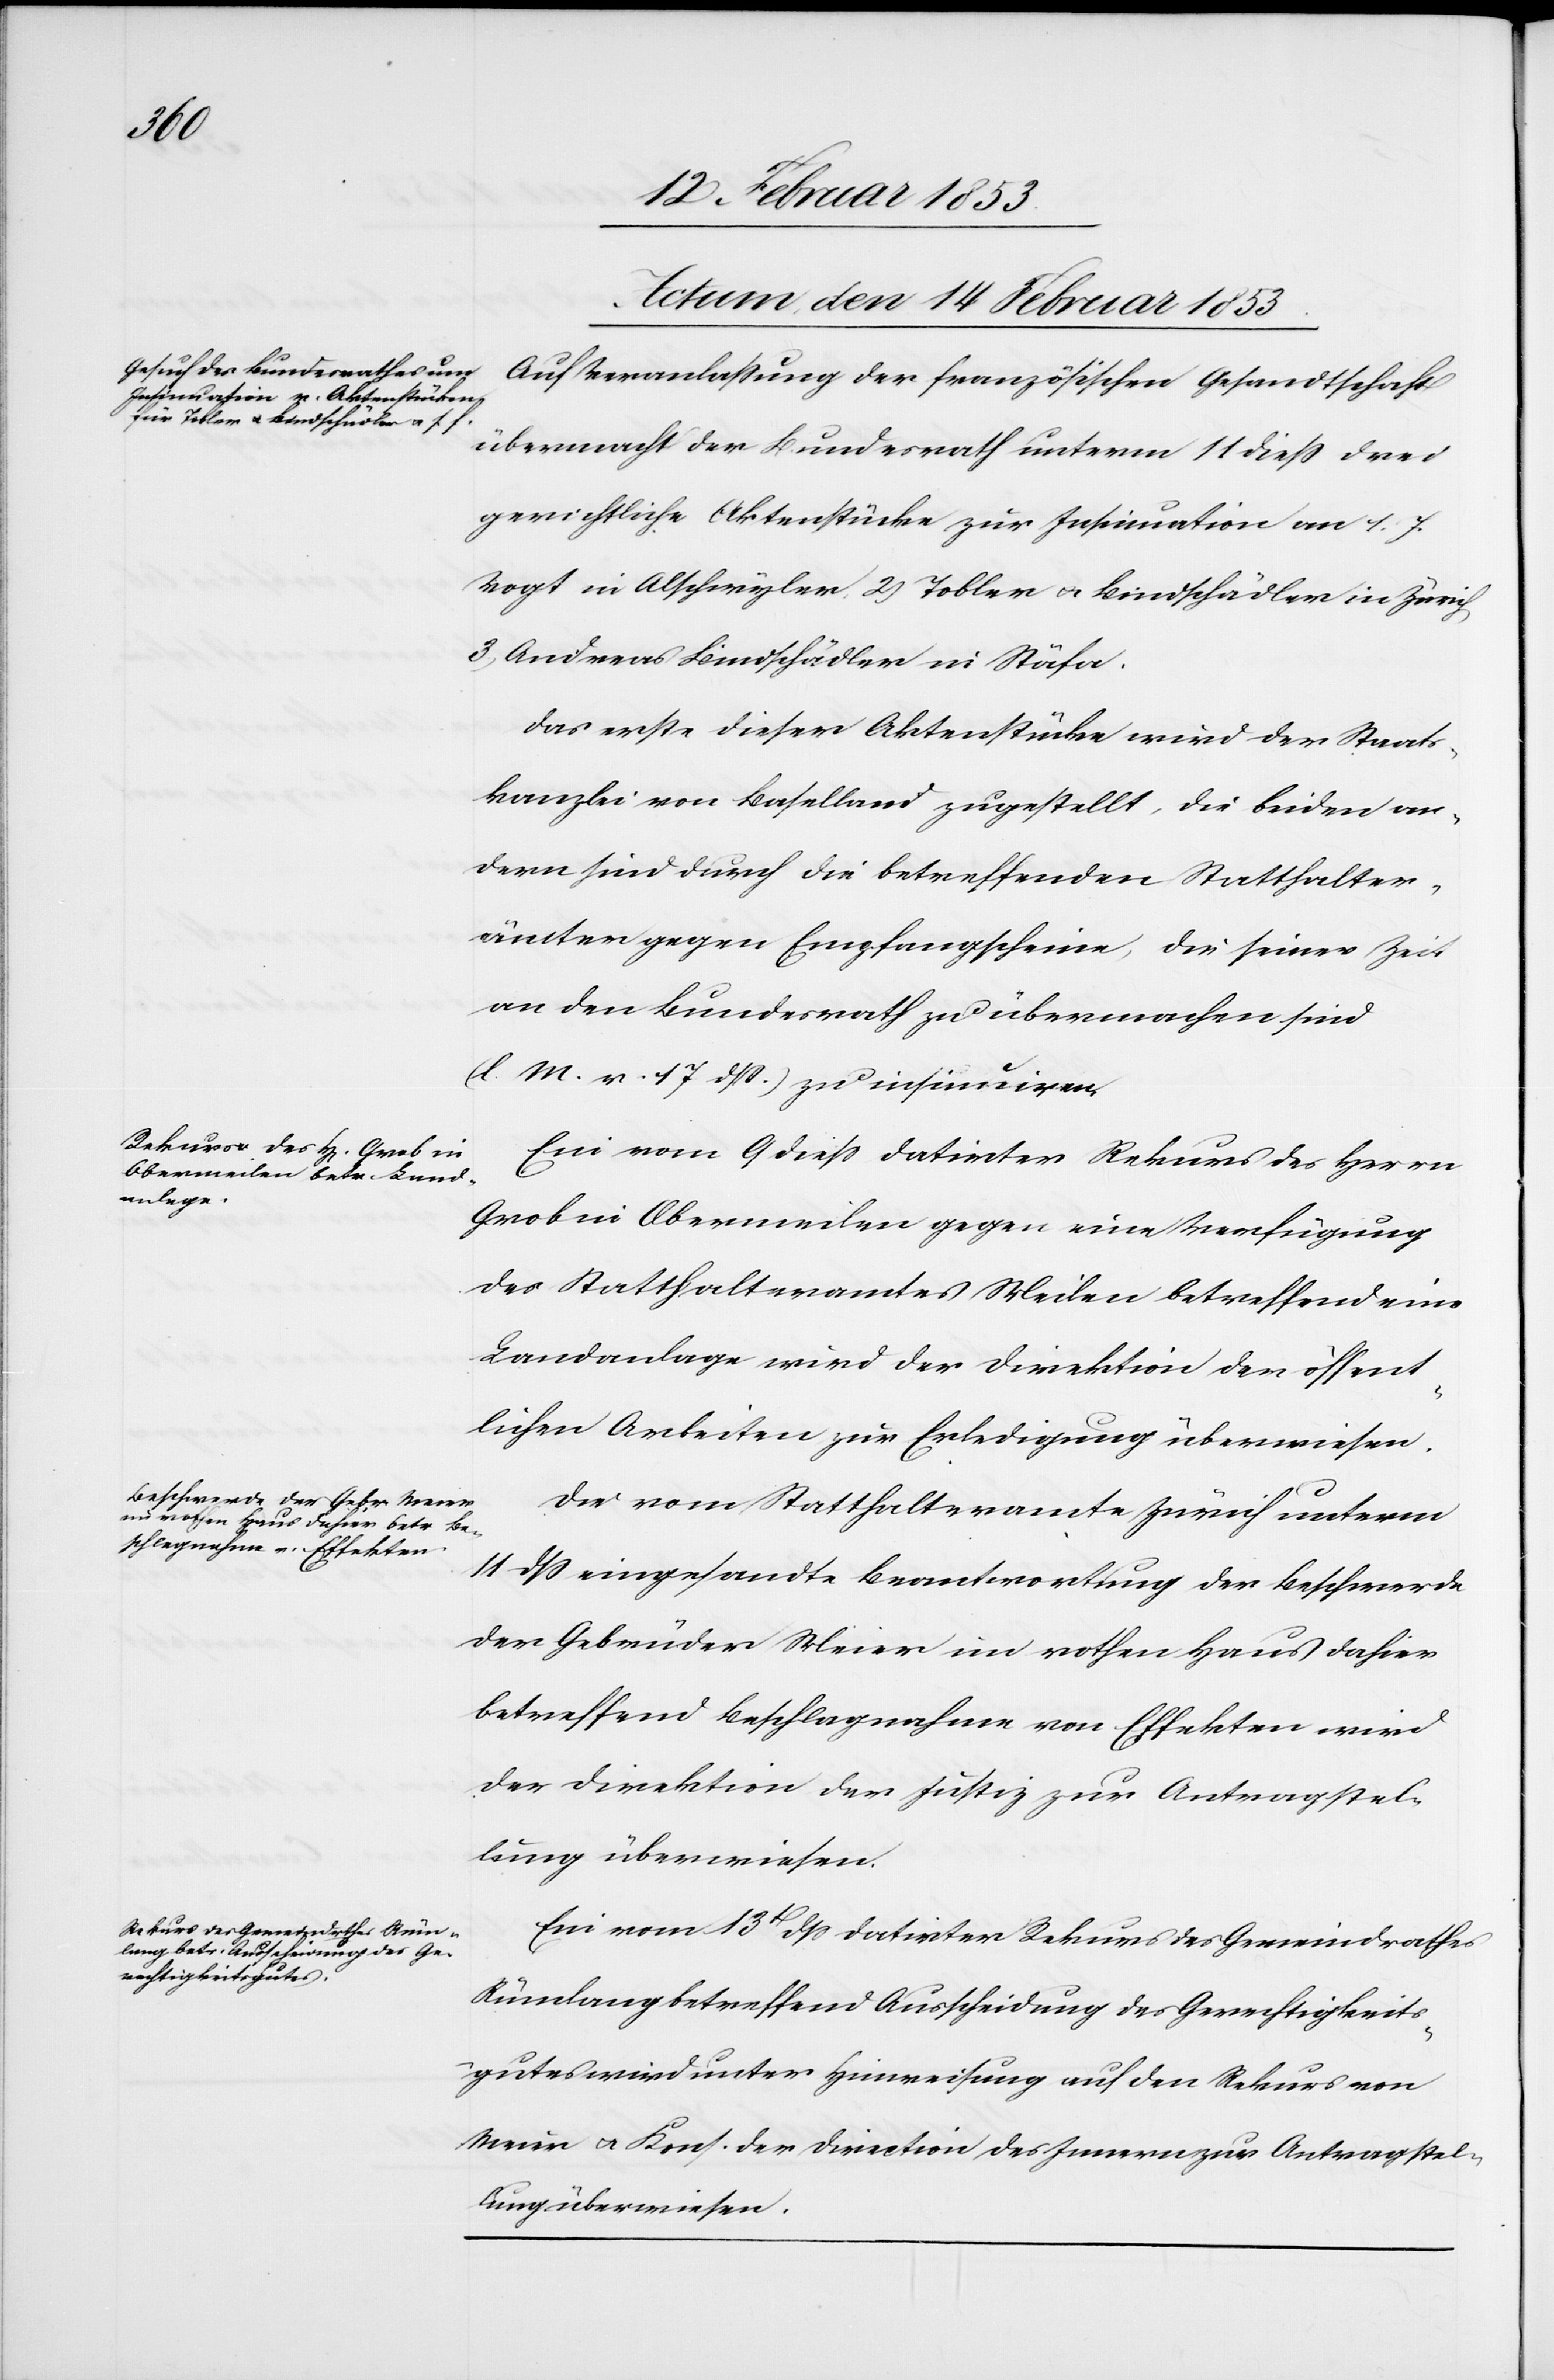
Actum, den 14. Februar 1853]
Auf Veranlaßung der französischen Gesandtschaft
übermacht der Bundesrath unterm 11 dieß drei
gerichtliche Aktenstücke zur Insinuation an 1. F.
Vogt in Alschwyler, 2, Tobler u. Kindschädler in Zürich,
3, Andreas Kindschädler in Stäfa.
Das erste dieser Aktenstücke wird der Staats¬
kanzlei von Baselland zugestellt, die beiden an¬
dern sind durch die betreffenden Statthalter¬
ämter gegen Empfangsscheine, die seiner Zeit
an den Bundesrath zu übermachen sind
(l. M. v. 17 dß) zu insinuiren.
Ein vom 9 dieß datirter Rekurs des Herrn
Grob in Obermeilen gegen eine Verfügung
des Statthalteramtes Meilen betreffend eine
Landanlage wird der Direktion der öffent¬
lichen Arbeiten zur Erledigung überwiesen.
Die vom Statthalteramte Zürich unterm
14 dß eingesandte Beantwortung der Beschwerde
der Gebrüder Meier im rothen Haus dahier
betreffend Beschlagnahme von Effekten wird
der Direktion der Justiz zur Antragsstel¬
lung überwiesen.
Ein vom 13t. dß datirter Rekurs des Gemeindrathes
Rümlang betreffend Ausscheidung des Gerechtigkeits¬
gutes wird unter Hinweisung auf den Rekurs von
Meier u. Kons. der Direktion des Innern zur Antragsstel¬
lung überwiesen.